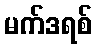
မက်ဒရစ်